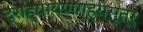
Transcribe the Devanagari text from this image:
द्राह्यायणगृह्यसूत्र